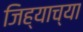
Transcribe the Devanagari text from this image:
जिह्याच्या